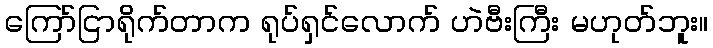
ကြော်ငြာရိုက်တာက ရုပ်ရှင်လောက် ဟဲဗီးကြီး မဟုတ်ဘူး။